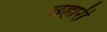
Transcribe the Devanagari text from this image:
छहारी